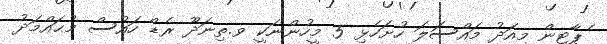
ެޕާޓީން މިއަދު މައްސަލަ ހުށަހެޅި 5 މީހުންނަކީ ވ.ތިނަދޫ ރެޑް ހައުސް މުޙައްމަދު